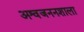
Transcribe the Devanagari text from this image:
अश्वजननशाला